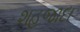
શહજાદા